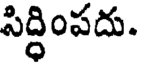
సిద్ధింపదు.